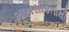
માનસીકતાથી